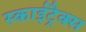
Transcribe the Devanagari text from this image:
स्काईट्रैक्स